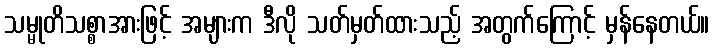
သမ္မုတိသစ္စာအားဖြင့် အများက ဒီလို သတ်မှတ်ထားသည့် အတွက်ကြောင့် မှန်နေတယ်။